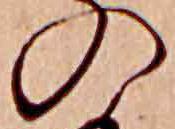
の